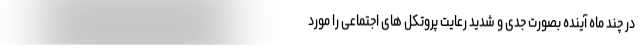
در چند ماه آینده بصورت جدی و شدید رعایت پروتکل های اجتماعی را مورد